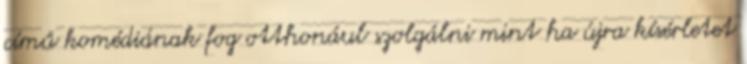
című komédiának fog otthonául szolgálni mint ha újra kísérletet